King Institute of Preventive Medicine Micro-Biological Section reports 1909-11
Year: 1909
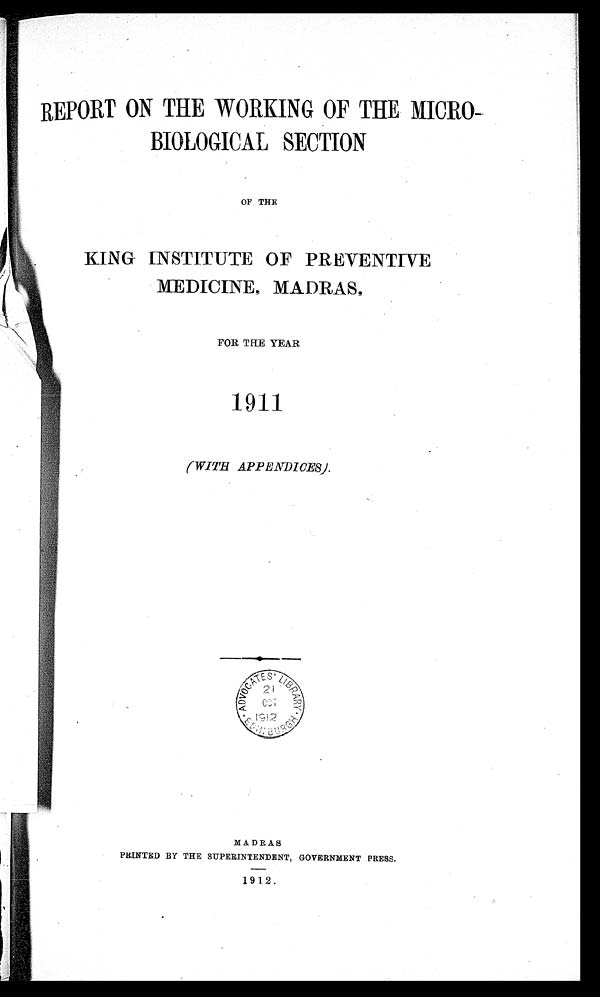
REPORT ON THE WORKING OF THE MICRO-
BIOLOGICAL SECTION
OF THE
KING INSTITUTE OF PREVENTIVE
MEDICINE, MADRAS
.
FOR THE YEAR
1911
(WITH APPENDICES).
MADRAS
PRINTED BY THE SUPERINTENDENT, GOVERNMENT PRESS.
1912.